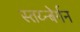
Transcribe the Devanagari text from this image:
स्तय्न्बेर्गन